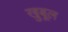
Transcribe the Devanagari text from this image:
खुबूल